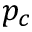
p _ { c }